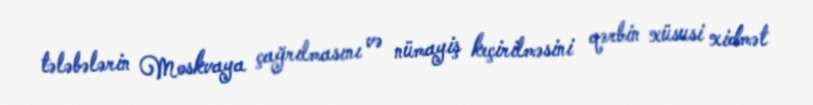
tələbələrin Moskvaya çağrılmasını və nümayiş keçirilməsini qərbin xüsusi xidmət